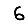
Digit: 6